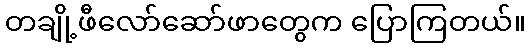
တချို့ဖီလော်ဆော်ဖာတွေက ပြောကြတယ်။